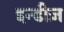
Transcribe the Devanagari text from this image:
इन्डीज़